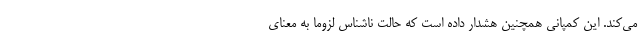
می‌کند. این کمپانی همچنین هشدار داده است که حالت ناشناس لزوما به معنای